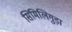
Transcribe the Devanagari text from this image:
सिमिलिगुड़ा